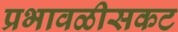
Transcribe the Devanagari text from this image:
प्रभावळीसकट